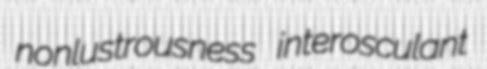
nonlustrousness interosculant